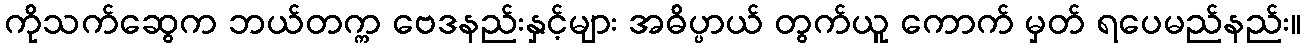
ကိုသက်ဆွေက ဘယ်တက္က ဗေဒနည်းနှင့်များ အဓိပ္ပာယ် တွက်ယူ ကောက် မှတ် ရပေမည်နည်း။